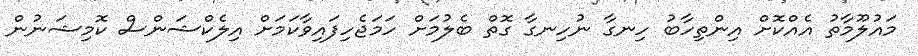
މައުލޫމާތު އެއްކޮށް އިންތިހާބު ހިނގާ ނުހިނގާ ގޮތް ބެލުމަށް ހަމަޖެހިފައިވާކަމަށް އިލެކްޝަންސް ކޮމިޝަނުން